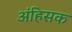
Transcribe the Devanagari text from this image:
अंहिसक